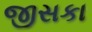
જીસકા